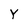
Character: Y